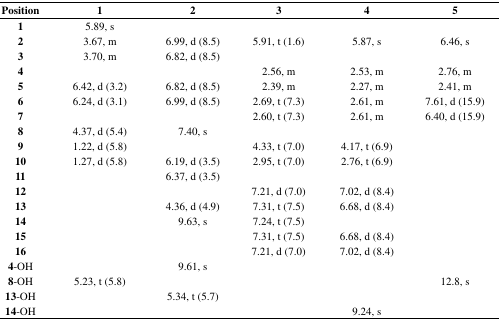
<table><thead><tr><td><b>Position</b></td><td><b>1</b></td><td><b>2</b></td><td><b>3</b></td><td><b>4</b></td><td><b>5</b></td></tr></thead><tbody><tr><td><b>1</b></td><td>5.89, s</td><td></td><td></td><td></td><td></td></tr><tr><td><b>2</b></td><td>3.67, m</td><td>6.99, d (8.5)</td><td>5.91, t (1.6)</td><td>5.87, s</td><td>6.46, s</td></tr><tr><td><b>3</b></td><td>3.70, m</td><td>6.82, d (8.5)</td><td></td><td></td><td></td></tr><tr><td><b>4</b></td><td></td><td></td><td>2.56, m</td><td>2.53, m</td><td>2.76, m</td></tr><tr><td><b>5</b></td><td>6.42, d (3.2)</td><td>6.82, d (8.5)</td><td>2.39, m</td><td>2.27, m</td><td>2.41, m</td></tr><tr><td><b>6</b></td><td>6.24, d (3.1)</td><td>6.99, d (8.5)</td><td>2.69, t (7.3)</td><td>2.61, m</td><td>7.61, d (15.9)</td></tr><tr><td><b>7</b></td><td></td><td></td><td>2.60, t (7.3)</td><td>2.61, m</td><td>6.40, d (15.9)</td></tr><tr><td><b>8</b></td><td>4.37, d (5.4)</td><td>7.40, s</td><td></td><td></td><td></td></tr><tr><td><b>9</b></td><td>1.22, d (5.8)</td><td></td><td>4.33, t (7.0)</td><td>4.17, t (6.9)</td><td></td></tr><tr><td><b>10</b></td><td>1.27, d (5.8)</td><td>6.19, d (3.5)</td><td>2.95, t (7.0)</td><td>2.76, t (6.9)</td><td></td></tr><tr><td><b>11</b></td><td></td><td>6.37, d (3.5)</td><td></td><td></td><td></td></tr><tr><td><b>12</b></td><td></td><td></td><td>7.21, d (7.0)</td><td>7.02, d (8.4)</td><td></td></tr><tr><td><b>13</b></td><td></td><td>4.36, d (4.9)</td><td>7.31, t (7.5)</td><td>6.68, d (8.4)</td><td></td></tr><tr><td><b>14</b></td><td></td><td>9.63, s</td><td>7.24, t (7.5)</td><td></td><td></td></tr><tr><td><b>15</b></td><td></td><td></td><td>7.31, t (7.5)</td><td>6.68, d (8.4)</td><td></td></tr><tr><td><b>16</b></td><td></td><td></td><td>7.21, d (7.0)</td><td>7.02, d (8.4)</td><td></td></tr><tr><td><b>4</b>-OH</td><td></td><td>9.61, s</td><td></td><td></td><td></td></tr><tr><td><b>8</b>-OH</td><td>5.23, t (5.8)</td><td></td><td></td><td></td><td>12.8, s</td></tr><tr><td><b>13</b>-OH</td><td></td><td>5.34, t (5.7)</td><td></td><td></td><td></td></tr><tr><td><b>14</b>-OH</td><td></td><td></td><td></td><td>9.24, s</td><td></td></tr></tbody></table>